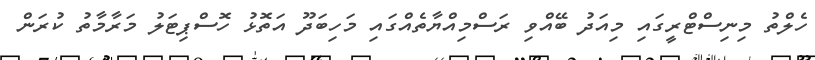
ހެލްތު މިނިސްޓްރީގައި މިއަދު ބޭއްވި ރަސްމިއްޔާތެއްގައި މަހިބަދޫ އަތޮޅު ހޮސްޕިޓަލު މަރާމާތު ކުރަން